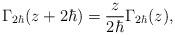
LaTeX: \begin{align*} \Gamma_{2\hbar}(z+2\hbar)=\frac{z}{2\hbar}\Gamma_{2\hbar}(z),\end{align*}